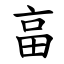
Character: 畗